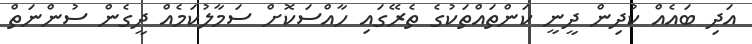
އަދި ބައެއް ކުދިން ދީނީ ކަންތައްތަކުގެ ތެރޭގައި ހާއްސަކޮށް ސަމާލުކަމެއް ދީގެން ސުންނަތް